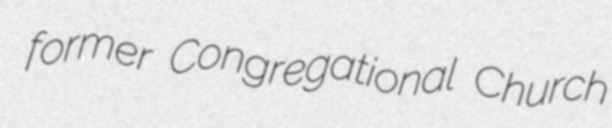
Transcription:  former Congregational Church